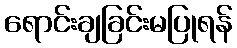
ရောင်းချခြင်းမပြုရန်